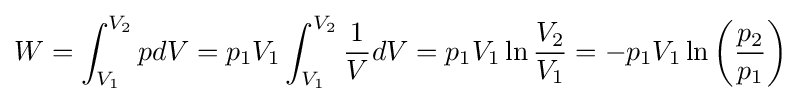
W=\int _{V_{1}}^{V_{2}}pdV=p_{1}V_{1}\int _{V_{1}}^{V_{2}}{\frac {1}{V}}dV=p_{1}V_{1}\ln {\frac {V_{2}}{V_{1}}}=-p_{1}V_{1}\ln \left({\frac {p_{2}}{p_{1}}}\right)